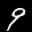
Label: 9